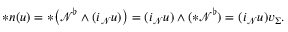
\ast \boldsymbol { n } ( u ) = \ast \big ( \mathcal { N } ^ { \flat } \wedge ( i _ { \mathcal { N } } u ) \big ) = ( i _ { \mathcal { N } } u ) \wedge ( \ast \mathcal { N } ^ { \flat } ) = ( i _ { \mathcal { N } } u ) v _ { \Sigma } .